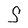
Character: S